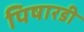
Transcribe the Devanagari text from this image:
पिषारडी